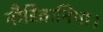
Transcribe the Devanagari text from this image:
मौरितानिया।